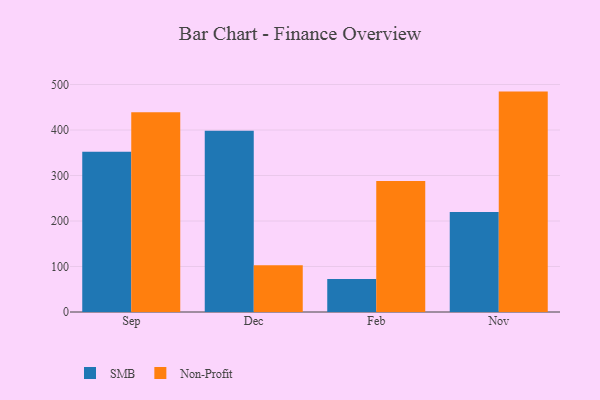
{"axis": {"x": "Month", "y": "Latency (ms)"}, "legend": ["Non-Profit", "SMB"], "data": [{"x": "Sep", "y": 352.4, "type": "SMB"}, {"x": "Sep", "y": 439.2, "type": "Non-Profit"}, {"x": "Dec", "y": 398.6, "type": "SMB"}, {"x": "Dec", "y": 102.6, "type": "Non-Profit"}, {"x": "Feb", "y": 72.3, "type": "SMB"}, {"x": "Feb", "y": 287.7, "type": "Non-Profit"}, {"x": "Nov", "y": 219.6, "type": "SMB"}, {"x": "Nov", "y": 484.4, "type": "Non-Profit"}]}